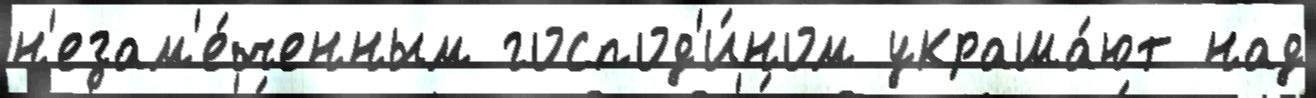
н'езам'е́ченным господ'и́ном украша́ют над